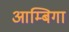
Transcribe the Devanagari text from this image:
आम्बिगा